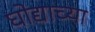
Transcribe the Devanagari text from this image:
घोद्याच्या